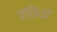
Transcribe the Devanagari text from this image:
वाकियो